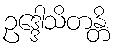
ဥဒ္ဒေါသိတန္တိ